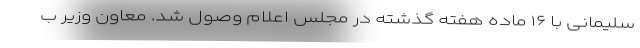
سلیمانی با ۱۶ ماده هفته گذشته در مجلس اعلام وصول شد. معاون وزیر ب